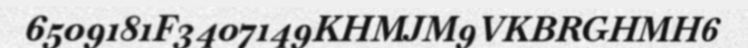
6509181F3407149KHMJM9VKBRGHMH6